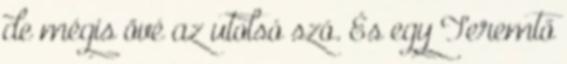
de mégis övé az utolsó szó. És egy Teremtő